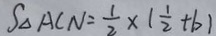
S _ { \Delta A C N } = \frac { 1 } { 2 } \times ( \frac { 1 } { 2 } + b )